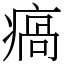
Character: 瘑